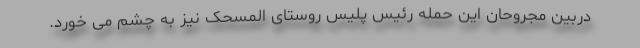
دربین مجروحان این حمله رئیس پلیس روستای المسحک نیز به چشم می خورد.